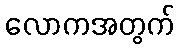
လောကအတွက်